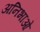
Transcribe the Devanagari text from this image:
अनिभाओ